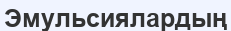
Эмульсиялардың